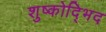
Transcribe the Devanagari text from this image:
शुष्कोद्भिद